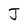
Character: J